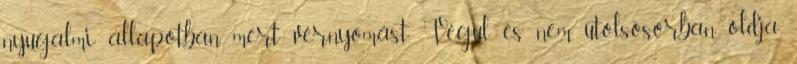
nyugalmi állapotban mért vérnyomást. Végül és nem utolsósorban oldja